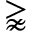
\gnapprox